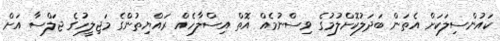
ކައުންސިލަކަށް އެތަން ބަދަލުކޮށްލުމުގެ ވިސްނުމެއް އޮތް އިސްލާހެއް ރައްޔިތުންގެ މަޖިލީހުގެ ޖަލްސާ އަށް